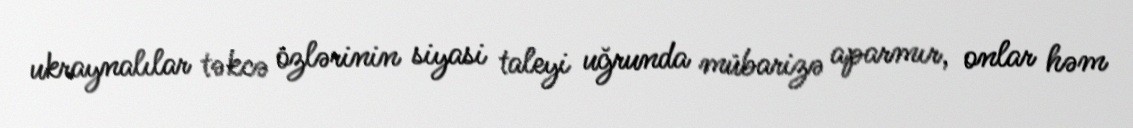
ukraynalılar təkcə özlərinin siyasi taleyi uğrunda mübarizə aparmır, onlar həm